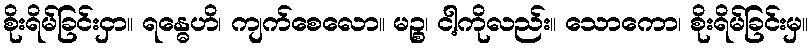
စိုးရိမ်ခြင်းငှာ။ ရန္ဓေဟိ၊ ကျက်စေလော။ မဉ္စ၊ ငါ့ကိုလည်း။ သောကော၊ စိုးရိမ်ခြင်းမှ။